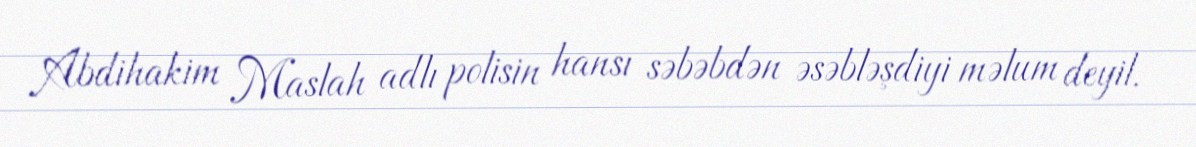
Abdihakim Maslah adlı polisin hansı səbəbdən əsəbləşdiyi məlum deyil.